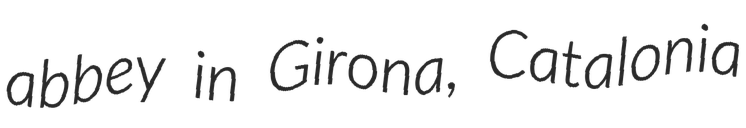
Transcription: abbey in Girona, Catalonia